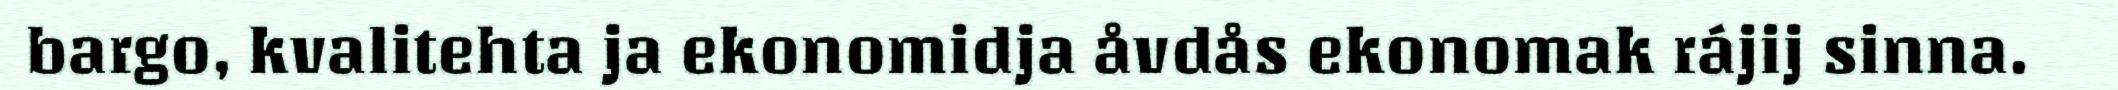
bargo, kvalitehta ja ekonomidja åvdås ekonomak rájij sinna.